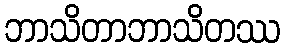
ဘာသိတာဘာသိတဿ